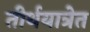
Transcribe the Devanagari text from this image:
तीर्थयात्रेत